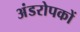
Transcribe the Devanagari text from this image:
अंडरोपकों